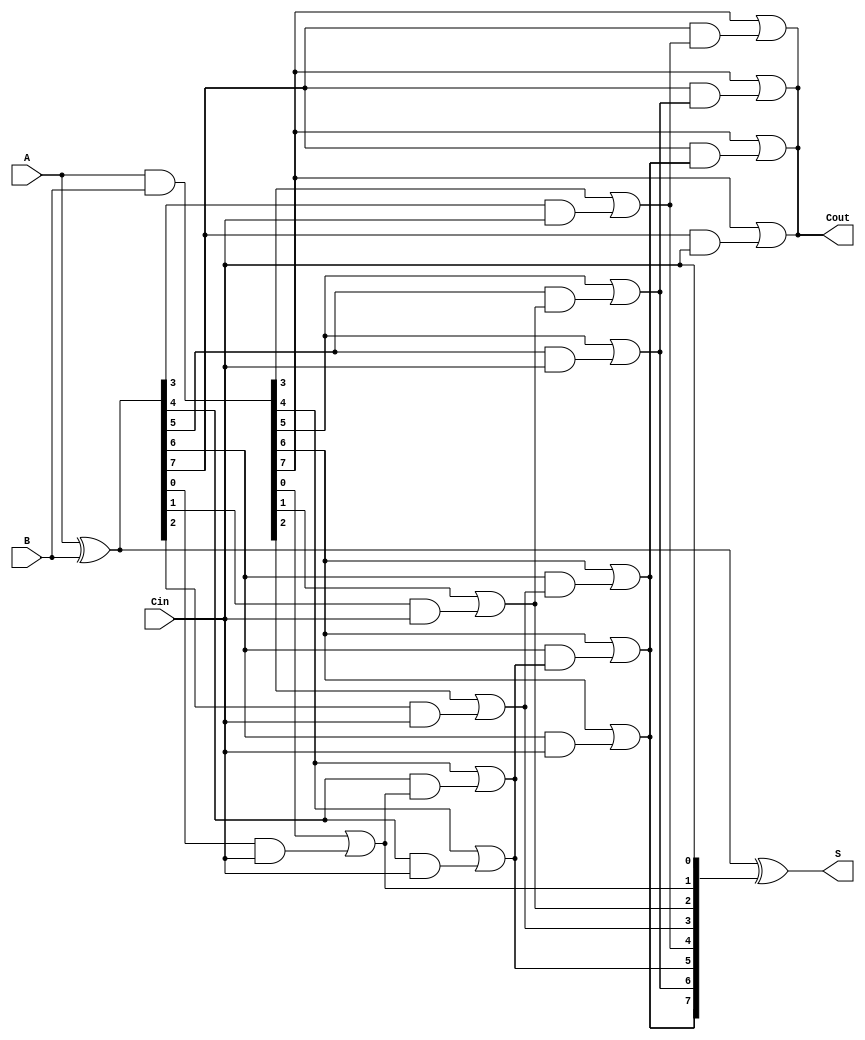
module KoggeStoneAdder #(parameter N = 8) (
    input [N-1:0] A,
    input [N-1:0] B,
    input Cin,
    output [N-1:0] S,
    output Cout
);
    // Generate and propagate signals
    wire [N-1:0] G; // Generate
    wire [N-1:0] P; // Propagate
    wire [N:0] C;   // Carry

    // Generate and propagate calculations
    assign G = A & B;
    assign P = A ^ B;

    // Carry signal initialization
    assign C[0] = Cin;

    // Kogge-Stone carry generation (log2(N) levels)
    // Stage 1
    genvar i;
    generate
        for (i = 0; i < N; i = i + 1) begin: stage1
            assign C[i + 1] = G[i] | (P[i] & C[0]);
        end
    endgenerate

    // Stage 2
    generate
        for (i = 0; i < N/2; i = i + 1) begin: stage2
            assign C[i + (N/2) + 1] = G[i + (N/2)] | (P[i + (N/2)] & C[i + 1]);
        end
    endgenerate

    // Stage 3
    generate
        for (i = 0; i < N/4; i = i + 1) begin: stage3
            assign C[i + (3*N/4) + 1] = G[i + (3*N/4)] | (P[i + (3*N/4)] & C[i + (N/2) + 1]);
        end
    endgenerate

    // Stage 4
    generate
        for (i = 0; i < N/8; i = i + 1) begin: stage4
            assign C[i + (7*N/8) + 1] = G[i + (7*N/8)] | (P[i + (7*N/8)] & C[i + (3*N/4) + 1]);
        end
    endgenerate

    // Sum Calculation
    assign S = P ^ C[N-1:0];  // Sum bits
    assign Cout = C[N];       // Carry out

endmodule